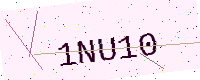
Text: 1NU10